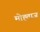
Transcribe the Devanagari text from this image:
मोह्ताज